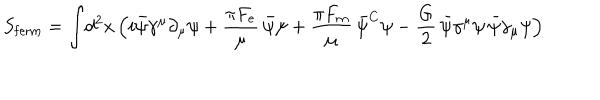
S _ { \mathrm { f e r m } } = \int \! d ^ { 2 } x \, \Bigl ( i \bar { \psi } \gamma ^ { \mu } \partial _ { \mu } \psi + { \frac { \pi F _ { e } } { \mu } } \, \bar { \psi } \psi + { \frac { \pi F _ { m } } { \mu } } \, \bar { \psi } ^ { C } \psi - { \frac { G } { 2 } } \, \bar { \psi } \gamma ^ { \mu } \psi \, \bar { \psi } \gamma _ { \mu } \psi \Bigr )